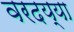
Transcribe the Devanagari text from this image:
वरदय्या